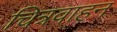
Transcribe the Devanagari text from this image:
चित्रवाहन